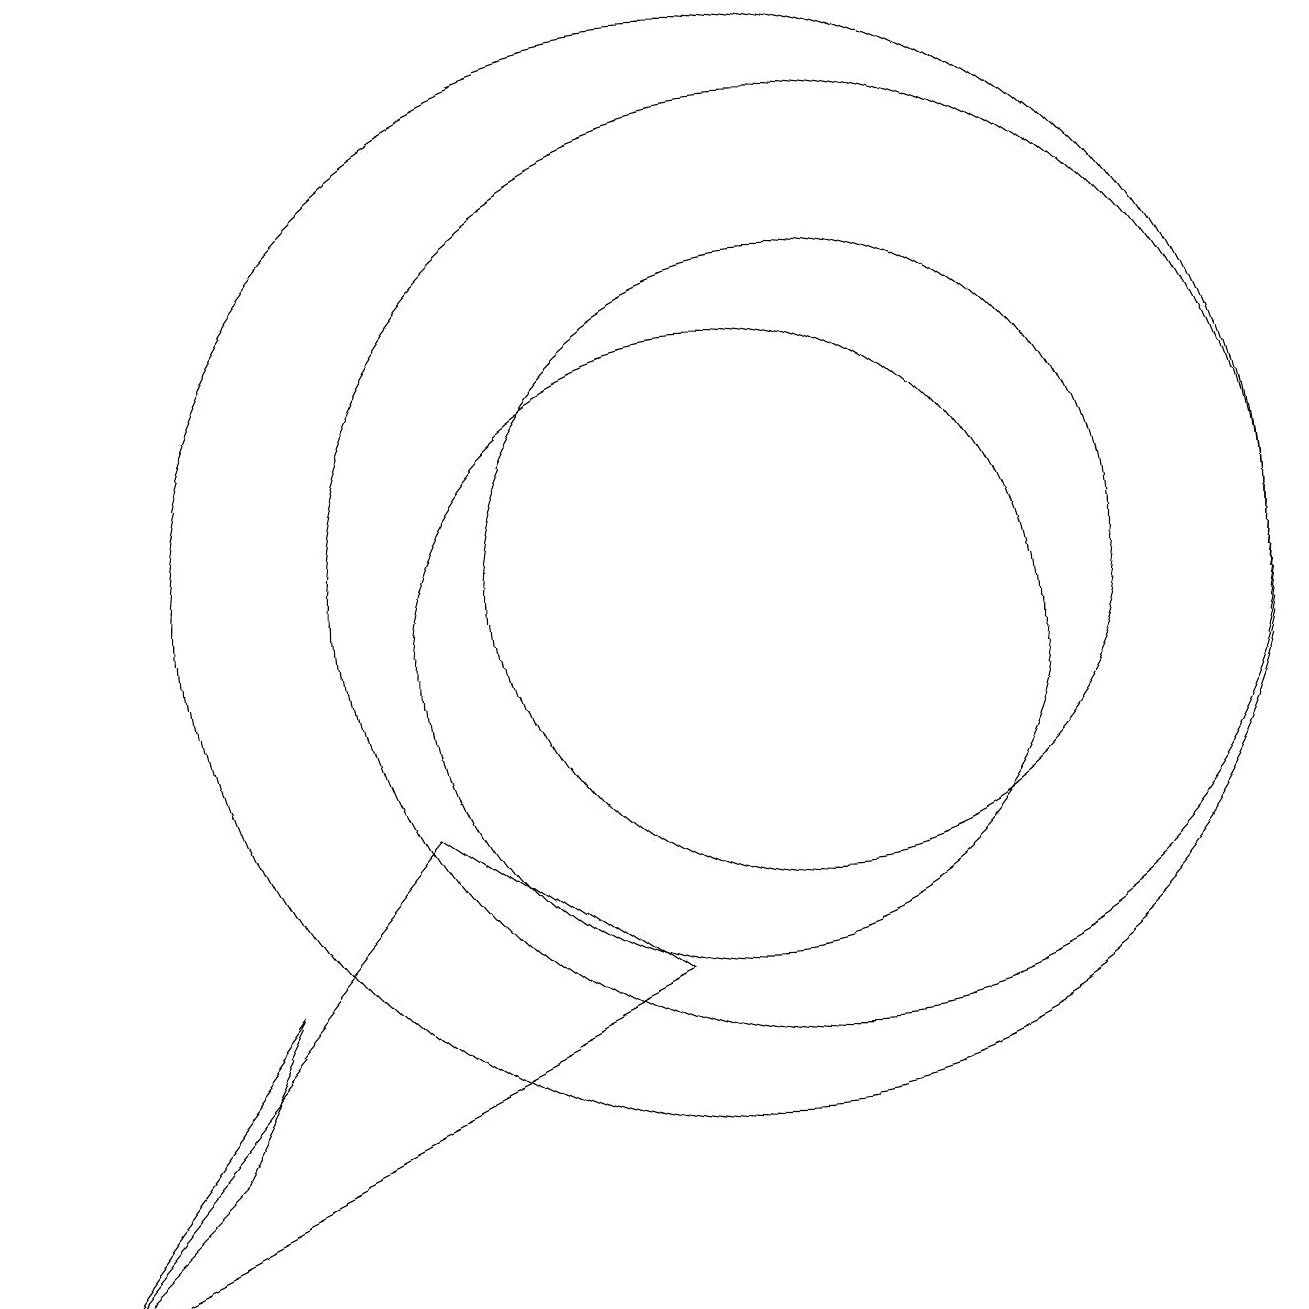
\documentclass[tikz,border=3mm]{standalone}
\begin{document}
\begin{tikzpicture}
\draw (3,4) -- (1,2) -- (4,6) -- cycle;
\draw (11,11) circle (6);
\draw (10,11) circle (7);
\draw (9,6) -- (1,2) -- (6,8) -- cycle;
\draw (11,11) circle (4);
\draw (10,11) circle (0);
\draw (10,10) circle (4);
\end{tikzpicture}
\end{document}